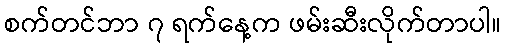
စက်တင်ဘာ ၇ ရက်နေ့က ဖမ်းဆီးလိုက်တာပါ။